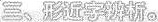
三、形近字辨析。